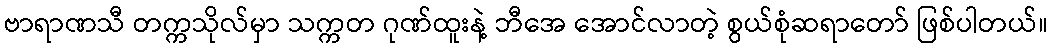
ဗာရာဏသီ တက္ကသိုလ်မှာ သက္ကတ ဂုဏ်ထူးနဲ့ ဘီအေ အောင်လာတဲ့ စွယ်စုံဆရာတော် ဖြစ်ပါတယ်။